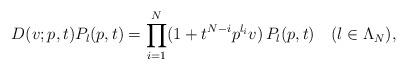
LaTeX: \begin{align*}D(v;p,t)P_{\l}(p,t) = \prod_{i=1}^N (1 + t^{N-i}p^{\l_i}v)\, P_{\l}(p,t) \quad(\l \in \Lambda_N),\end{align*}